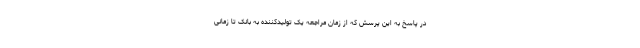
در پاسخ به این پرسش که از زمان مراجعه یک تولیدکننده به بانک تا زمانی